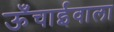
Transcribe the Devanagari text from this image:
ऊँचाईवाला